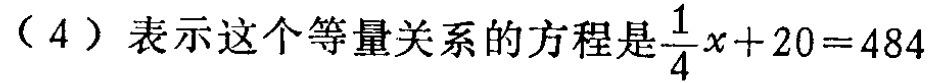
（4）表示这个等量关系的方程是\(\frac{1}{4}x + 20 = 484\)